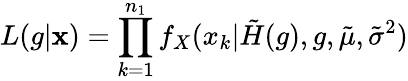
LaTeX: L(g|\mathbf x)=\prod_{k=1}^{n_{1}}f_{X}(x_{k}|\tilde{H}(g),g,\tilde{\mu},\tilde{\sigma}^{2})